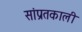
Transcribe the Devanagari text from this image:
सांप्रतकाली